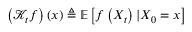
\left( \mathcal { K } _ { t } f \right) \left( x \right) \triangleq \mathbb { E } \left[ f \left( X _ { t } \right) \vert X _ { 0 } = x \right]